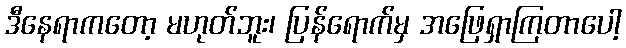
ဒီနေရာကတော့ မဟုတ်ဘူး၊ ပြန်ရောက်မှ အဖြေရှာကြတာပေါ့